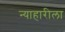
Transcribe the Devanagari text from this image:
न्याहारीला